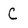
Character: C